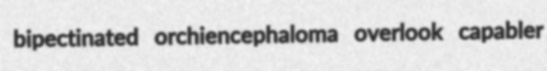
bipectinated orchiencephaloma overlook capabler